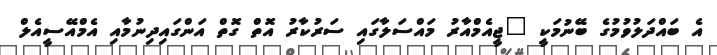
އެ ބައްދަލުވުމުގެ ބޭނުމަކީ "ޖީއެމްއާރު މައްސަލާގައި ސަރުކާރު އޮތް ގޮތް އަންގައިދިނުމާއި އެމްއޭސީއެލް